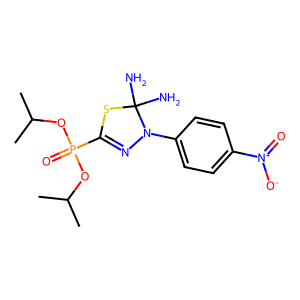
SMILES: CC(C)OP(=O)(OC(C)C)C1=NN(c2ccc([N+](=O)[O-])cc2)C(N)(N)S1
Inhibits HIV replication: No